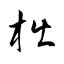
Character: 柮